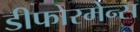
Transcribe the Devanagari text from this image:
डीफोरमेन्स